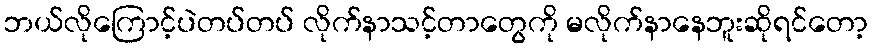
ဘယ်လိုကြောင့်ပဲတပ်တပ် လိုက်နာသင့်တာတွေကို မလိုက်နာနေဘူးဆိုရင်တော့